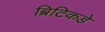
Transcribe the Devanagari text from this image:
ब्रिटिकडे